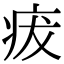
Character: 𤵬